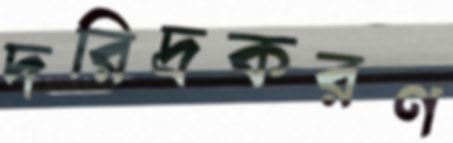
দরিদ্রকরণ